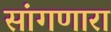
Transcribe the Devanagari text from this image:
सांंगणारा